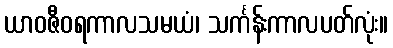
ယာဝဇီဝရကာလသမယံ၊ သင်္ကန်းကာလပတ်လုံး။